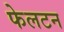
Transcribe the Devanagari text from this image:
फेलटन